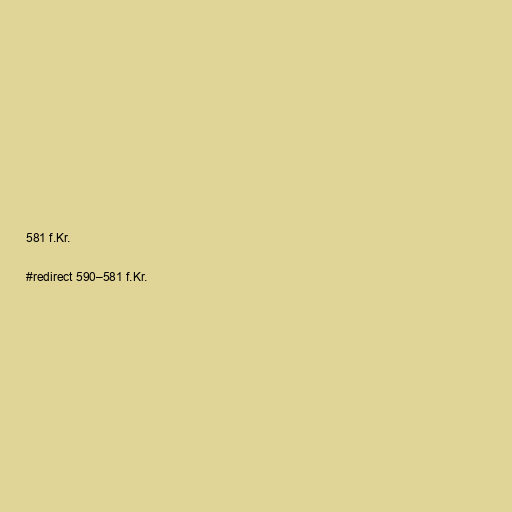
581 f.Kr.

#redirect 590–581 f.Kr.